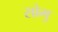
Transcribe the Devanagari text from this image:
सोमु